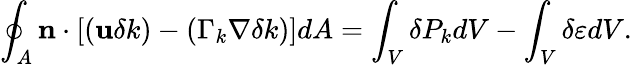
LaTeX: \oint_{A}\mathbf{n}\cdot\left[\left(\mathbf{u}\delta k\right)-\left(\Gamma_{k}\nabla\delta k\right)\right]dA=\int_{V}\delta P_{k}dV-\int_{V}\delta\varepsilon dV.